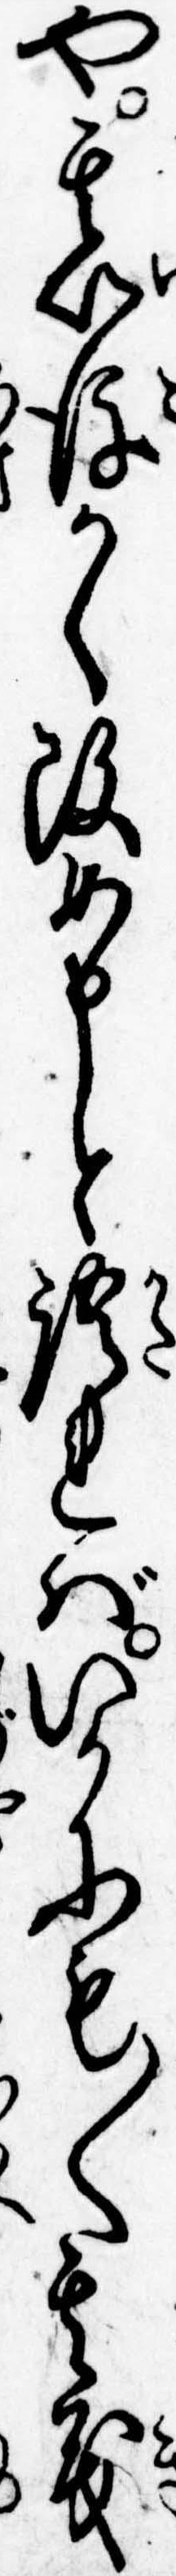
や其以後かく改め申と語ればいかにも〱其義